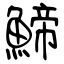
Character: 䱱